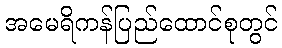
အမေရိကန်ပြည်ထောင်စုတွင်